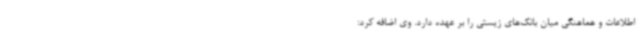
اطلاعات و هماهنگی میان بانک‌های زیستی را بر عهده دارد. وی اضافه کرد: